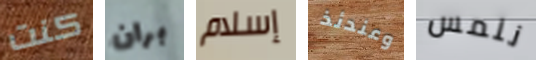
كنت بران إسلام وعندئذ نلمس